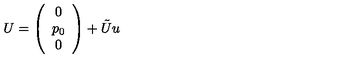
U = \left( \begin{array} { c } { 0 } \\ { p _ { 0 } } \\ { 0 } \\ \end{array} \right) + \tilde { U } u